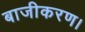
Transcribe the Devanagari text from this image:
बाजीकरण।